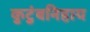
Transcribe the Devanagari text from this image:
कुटुंबनिहाय